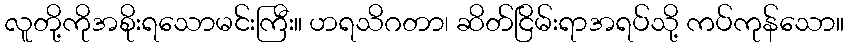
လူတို့ကိုအစိုးရသောမင်းကြီး။ ဟရသိဂတာ၊ ဆိတ်ငြိမ်းရာအရပ်သို့ ကပ်ကုန်သော။